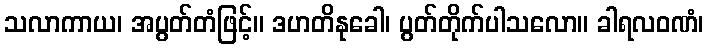
သလာကာယ၊ အပွတ်တံဖြင့်။ ဒဟတိနုခေါ၊ ပွတ်တိုက်ပါသလော။ ခါရလဝဏံ၊